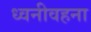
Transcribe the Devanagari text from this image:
ध्वनीवहना